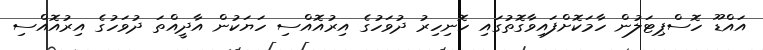
އައްޑޫ ހޮސްޕިޓަލުން ހާމަކޮށްފައިވާގޮތުގައި ހޮނިހިރު ދުވަހުގެ އިރުއޮއްސި ހަޔަކުން އާދީއްތަ ދުވަހުގެ އިރުއޮއްސި